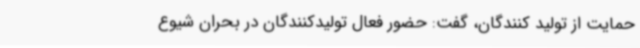
حمایت از تولید کنندگان، گفت: حضور فعال تولیدکنندگان در بحران شیوع